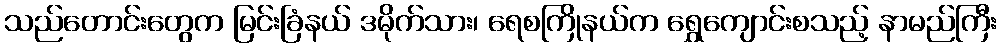
သည်တောင်းတွေက မြင်းခြံနယ် ဒမိုက်သား၊ ရေစကြိုနယ်က ရွှေကျောင်းစသည့် နာမည်ကြီး